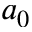
a _ { 0 }